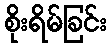
စိုးရိမ်ခြင်း